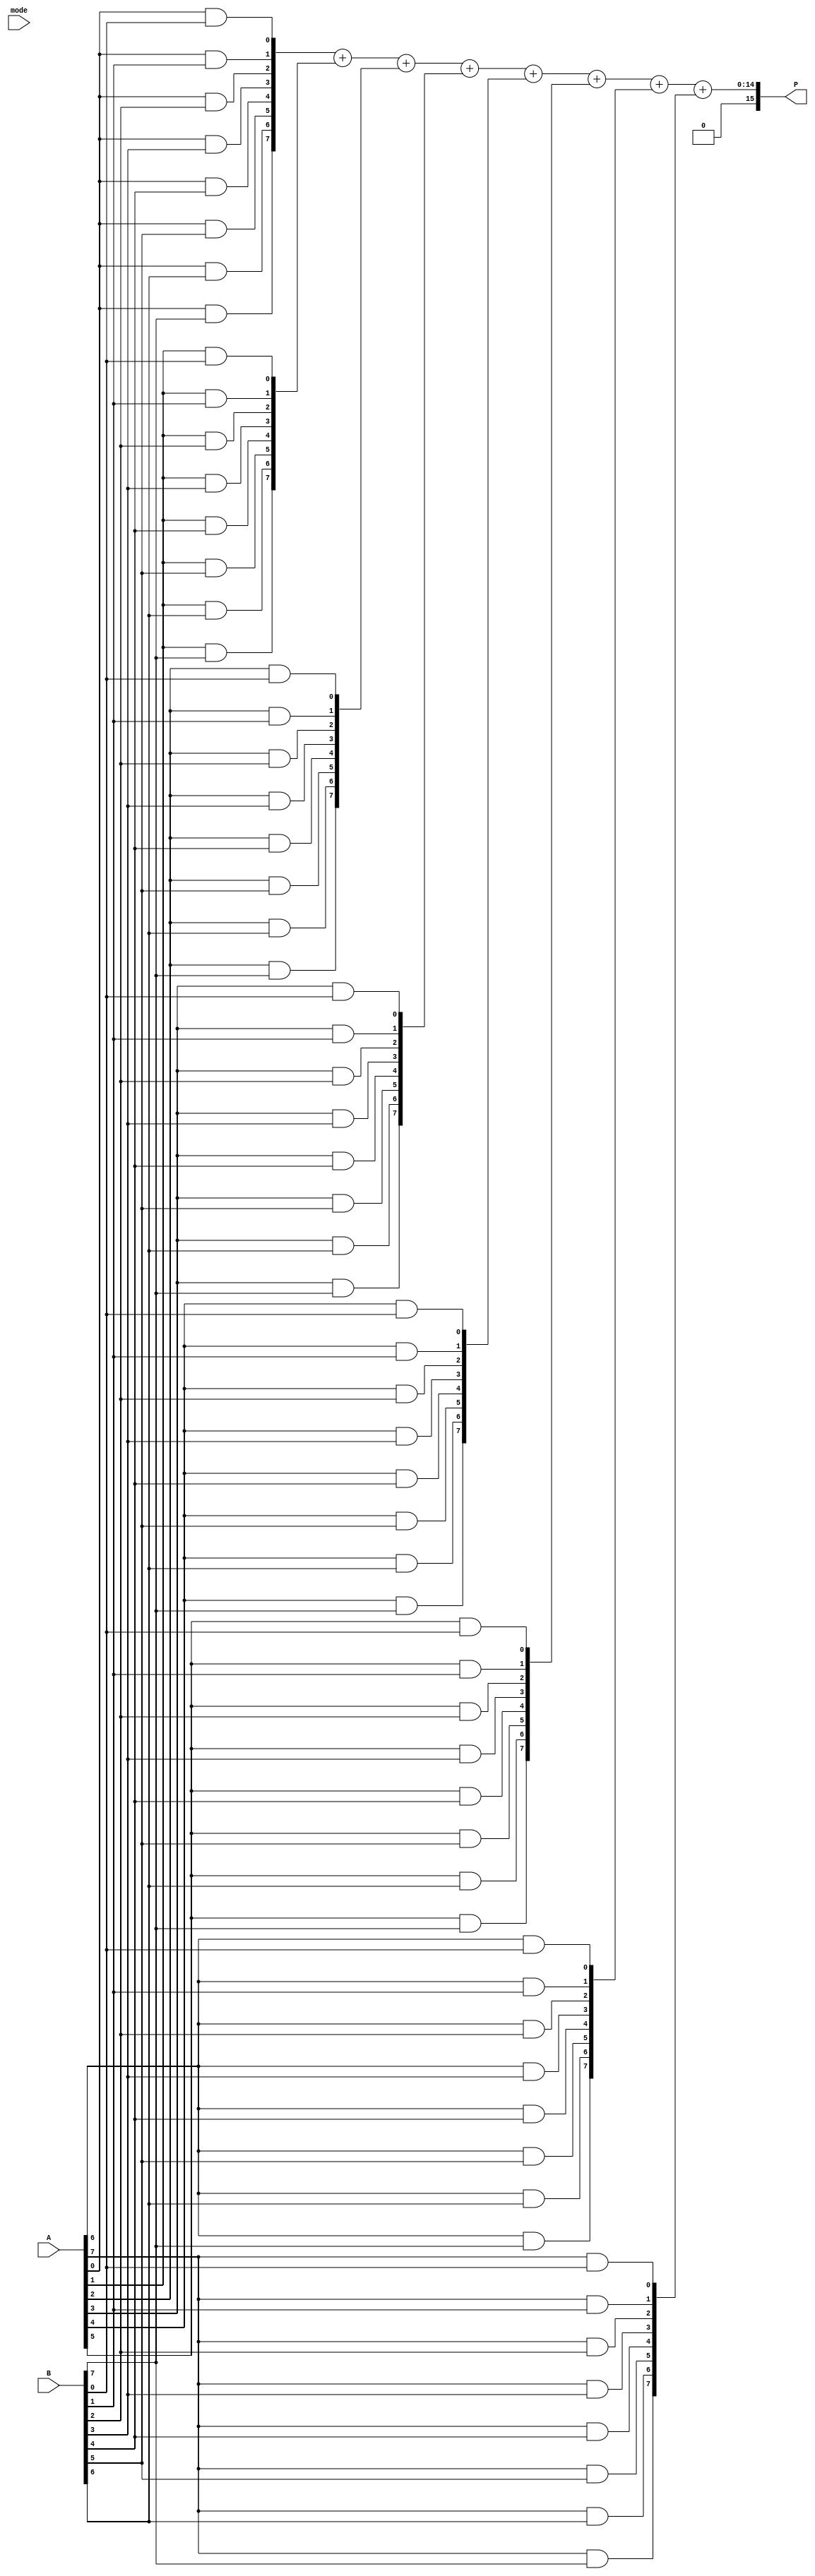
module DualModeMultiplier #(parameter N = 8) (
    input [N-1:0] A,         // Operand A
    input [N-1:0] B,         // Operand B
    input mode,              // Mode select (0 = Wallace Tree, 1 = Array Multiplier)
    output reg [2*N-1:0] P   // Product output
);

    // Internal signals for partial products
    wire [N-1:0] pp [N-1:0]; // Partial products
    wire [2*N-1:0] wallace_result; // Result from Wallace tree
    wire [2*N-1:0] array_result;   // Result from Array multiplier

    // Generate partial products
    genvar i, j;
    generate
        for (i = 0; i < N; i = i + 1) begin : gen_partial_products
            for (j = 0; j < N; j = j + 1) begin : gen_and
                assign pp[i][j] = A[i] & B[j];
            end
        end
    endgenerate

    // Wallace Tree Multiplier Implementation
    function [2*N-1:0] wallace_tree;
        input [N-1:0] pp0, pp1, pp2, pp3, pp4, pp5, pp6, pp7;
        reg [2*N-1:0] sum;
        // Implement Wallace tree reduction logic here
        // This is a simplified version; a complete implementation is needed
        // You would typically use a series of full adders and half adders
        // For brevity, let's assume we just sum the partial products directly
        sum = pp0 + pp1 + pp2 + pp3 + pp4 + pp5 + pp6 + pp7;
        wallace_tree = sum;
    endfunction

    // Array Multiplier Implementation
    function [2*N-1:0] array_multiplier;
        input [N-1:0] pp0, pp1, pp2, pp3, pp4, pp5, pp6, pp7;
        reg [2*N-1:0] sum;
        // Implement Array multiplier logic here
        // This is a simplified version; a complete implementation is needed
        // For brevity, let's assume we just sum the partial products directly
        sum = pp0 + pp1 + pp2 + pp3 + pp4 + pp5 + pp6 + pp7;
        array_multiplier = sum;
    endfunction

    // Calculate results for both multiplication methods
    assign wallace_result = wallace_tree(pp[0], pp[1], pp[2], pp[3], pp[4], pp[5], pp[6], pp[7]);
    assign array_result = array_multiplier(pp[0], pp[1], pp[2], pp[3], pp[4], pp[5], pp[6], pp[7]);

    // Mode selection logic
    always @(*) begin
        case (mode)
            1'b0: P = wallace_result; // Wallace Tree mode
            1'b1: P = array_result;   // Array Multiplier mode
            default: P = 0;           // Default case
        endcase
    end

endmodule